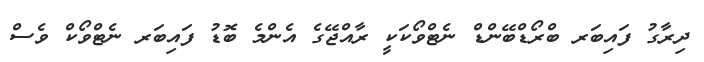
ދިރާގު ފައިބަރ ބްރޯޑްބޭންޑް ނެޓްވޯކަކީ ރާއްޖޭގެ އެންމެ ބޮޑު ފައިބަރ ނެޓްވޯކް ވެސް